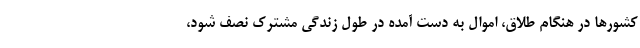
کشورها در هنگام طلاق، اموال به دست آمده در طول زندگی مشترک نصف شود،